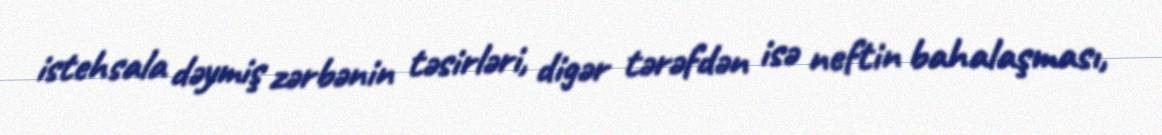
istehsala dəymiş zərbənin təsirləri, digər tərəfdən isə neftin bahalaşması,